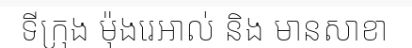
ទីក្រុង ម៉ុងរេអាល់ និង មានសាខា